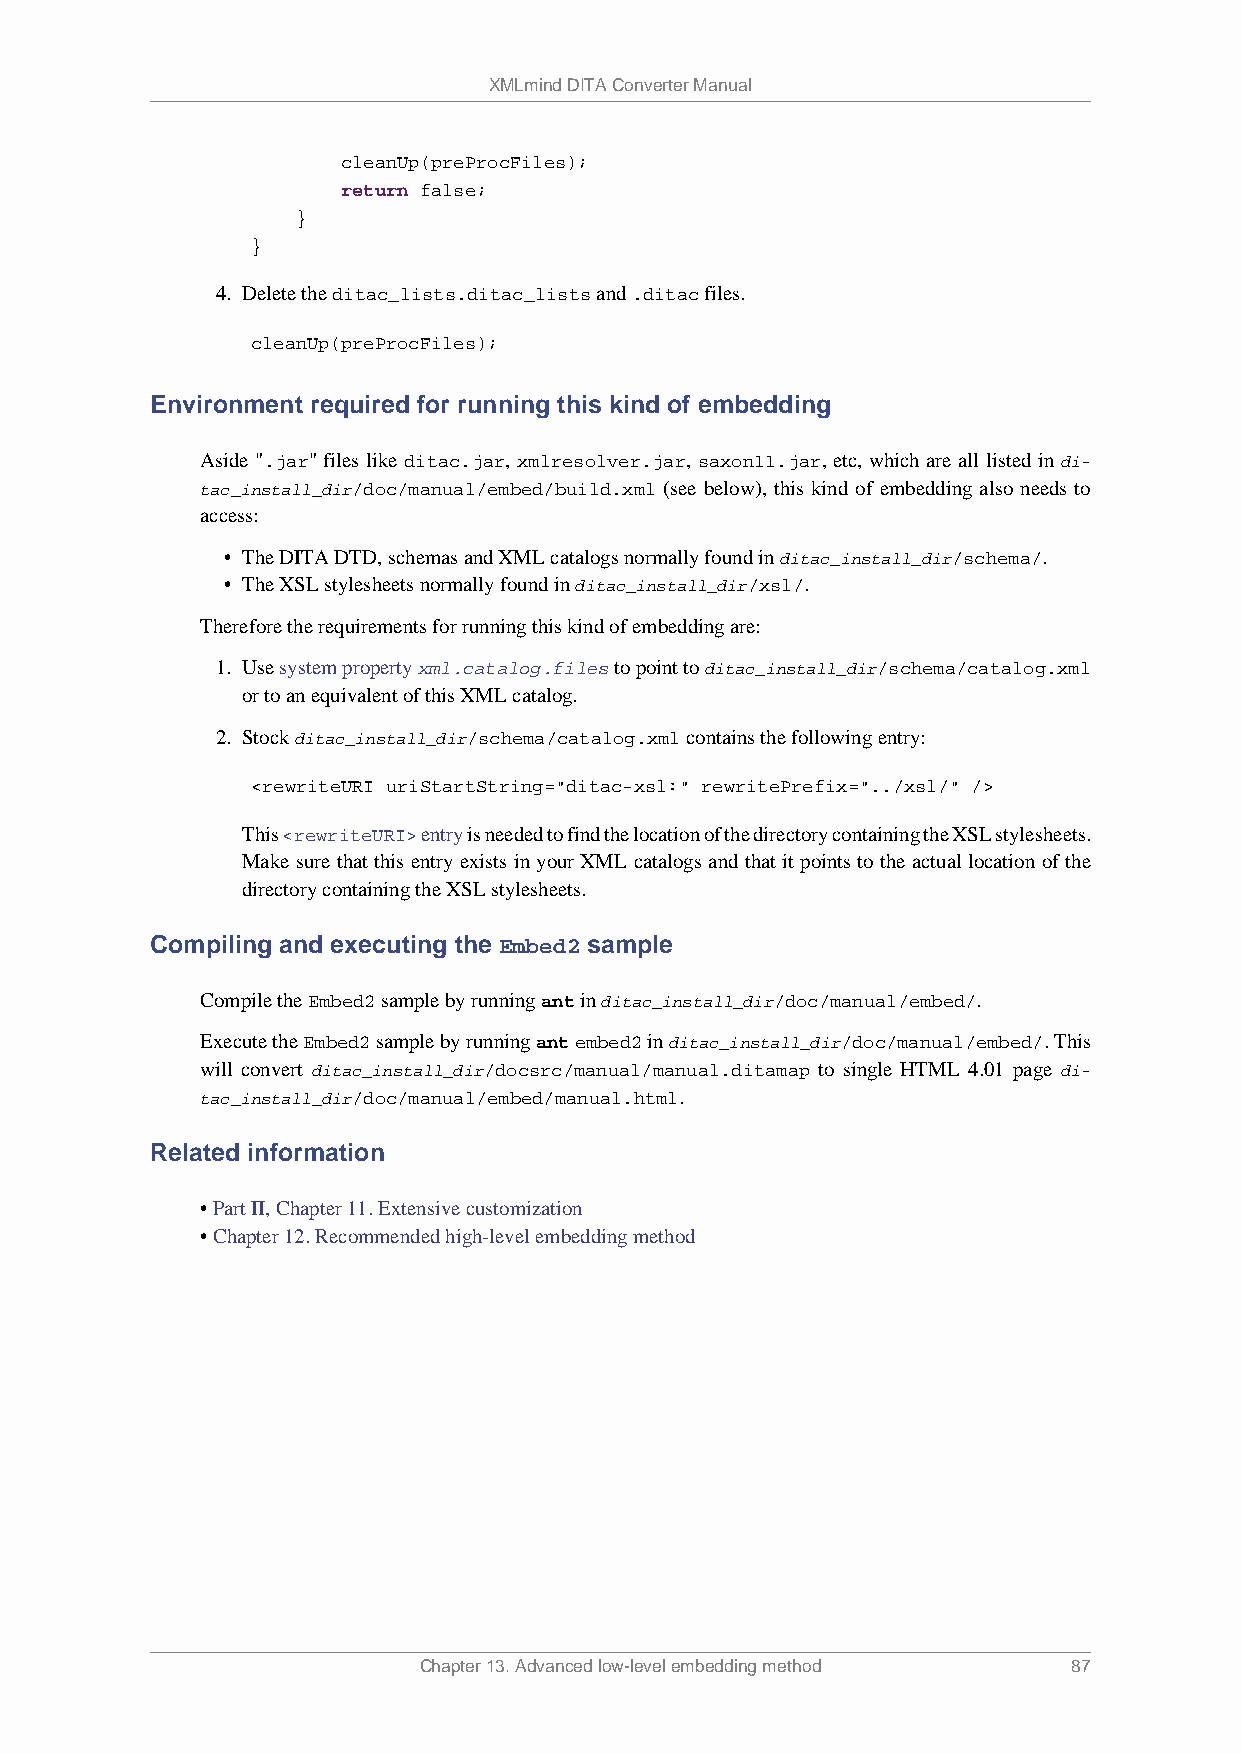
XMLmind DITA Converter Manual
 cleanUp(preProcFiles);
 return false;
 }
 }
 4. Delete the ditac_lists.ditac_lists and .ditac files.
 cleanUp(preProcFiles);
 Environment required for running this kind of embedding
 Aside ".jar" files like ditac.jar, xmlresolver.jar, saxon11.jar, etc, which are all listed in di-
 tac_install_dir/doc/manual/embed/build.xml (see below), this kind of embedding also needs to
 access:
 • The DITA DTD, schemas and XML catalogs normally found in ditac_install_dir/schema/.
 • The XSL stylesheets normally found in ditac_install_dir/xsl/.
 Therefore the requirements for running this kind of embedding are:
 1. Use system property xml.catalog.files to point to ditac_install_dir/schema/catalog.xml
 or to an equivalent of this XML catalog.
 2. Stock ditac_install_dir/schema/catalog.xml contains the following entry:
 <rewriteURI uriStartString="ditac-xsl:" rewritePrefix="../xsl/" />
 This <rewriteURI> entry is needed to find the location of the directory containing the XSL stylesheets.
 Make sure that this entry exists in your XML catalogs and that it points to the actual location of the
 directory containing the XSL stylesheets.
 Compiling and executing the Embed2 sample
 Compile the Embed2 sample by running ant in ditac_install_dir/doc/manual/embed/.
 Execute the Embed2 sample by running ant embed2 in ditac_install_dir/doc/manual/embed/. This
 will convert ditac_install_dir/docsrc/manual/manual.ditamap to single HTML 4.01 page di-
 tac_install_dir/doc/manual/embed/manual.html.
 Related information
 • Part II, Chapter 11. Extensive customization
 • Chapter 12. Recommended high-level embedding method
 Chapter 13. Advanced low-level embedding method 87